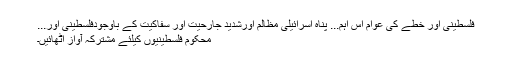
فلسطینی اور خطے کی عوام اس اہم... پناہ اسرائیلی مظالم اورشدید جارحیت اور سفاکیت کے باوجودفلسطینی اور...
محکوم فلسطینیوں کیلئے مشترکہ آواز اٹھائیں۔